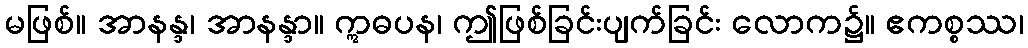
မဖြစ်။ အာနန္ဒ၊ အာနန္ဒာ။ ဣဓပန၊ ဤဖြစ်ခြင်းပျက်ခြင်း လောက၌။ ဧကစ္စဿ၊